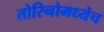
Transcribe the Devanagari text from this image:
तोरिनोमध्येच